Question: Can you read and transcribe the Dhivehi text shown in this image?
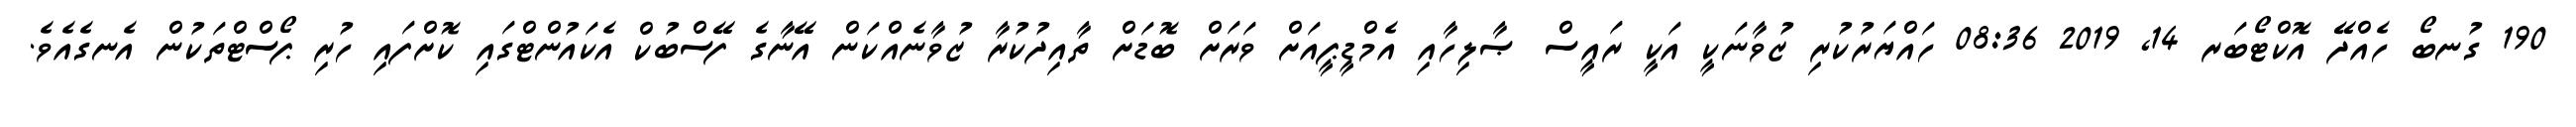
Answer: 190 ގުނބޯ ހެއްދޭ އޮކްޓޯބަރ 14, 2019 08:36 ހައްޔަރުކުރި ޒުވާނަކީ އަކީ ރައީސް ޞާލިހާއި އެމްޑީޕީއަށް ވަރަށް ބޮޑަށް ތާއިދުކުރާ ޒުވާނެއްކަން އޭނާގެ ފޭސްބުކް އެކައުންޓްގައި ކޮށްފައި ހުރި ޕޯސްޓްތަކުން އެނގެއެވެ.